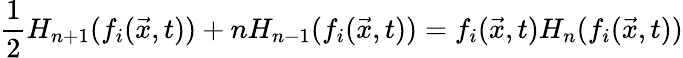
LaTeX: \frac{1}{2}H_{n+1}(f_{i}(\vec{x},t))+nH_{n-1}(f_{i}(\vec{x},t))=f_{i}(\vec{x},t)H_{n}(f_{i}(\vec{x},t))